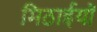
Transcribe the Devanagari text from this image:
मिठाईयाॅ